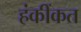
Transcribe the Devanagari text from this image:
हंकींकत